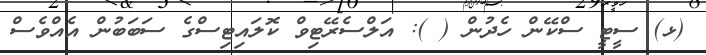
(ޅ) ސީޓީ ސްކޭން ހެދުން ( ): އަލްސެރޭޓިވް ކޮލައިޓިސްގެ ސަބަބުން އެއްވެސް